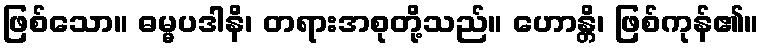
ဖြစ်သော။ ဓမ္မပဒါနိ၊ တရားအစုတို့သည်။ ဟောန္တိ၊ ဖြစ်ကုန်၏။